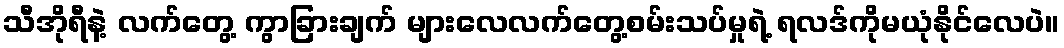
သီအိုရီနဲ့ လက်တွေ့ ကွာခြားချက် များလေလက်တွေ့စမ်းသပ်မှုရဲ့ ရလဒ်ကိုမယုံနိုင်လေပဲ။